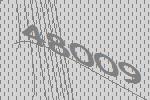
48009